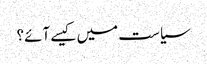
سیاست میں کیسے آئے؟